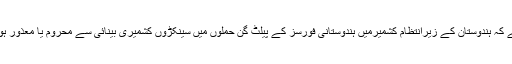
واضح رہے کہ ہندوستان کے زیرانتظام کشمیرمیں ہندوستانی فورسز کے پیلٹ گن حملوں میں سینکڑوں کشمیری بینائی سے محروم یا معذور ہوچکے ہیں۔